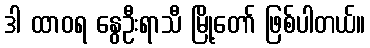
ဒါ ထာဝရ နွေဦးရာသီ မြို့တော် ဖြစ်ပါတယ်။